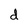
Character: d